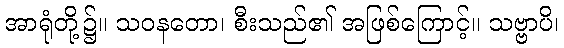
အာရုံတို့၌။ သဝနတော၊ စီးသည်၏ အဖြစ်ကြောင့်။ သဗ္ဗာပိ၊